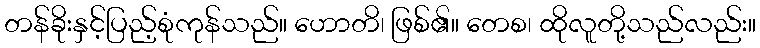
တန်ခိုးနှင့်ပြည့်စုံကုန်သည်။ ဟောတိ၊ ဖြစ်၏။ တေစ၊ ထိုလူတို့သည်လည်း။